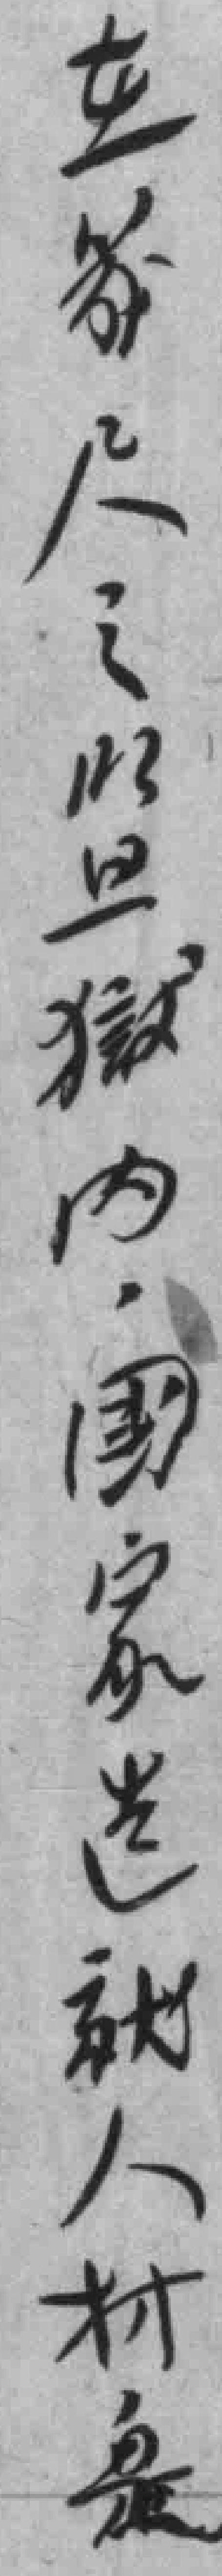
在几尺之監獄内國家选就人材是